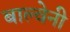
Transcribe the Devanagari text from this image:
बाल्वेनी